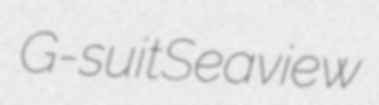
G-suit Seaview